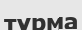
түрма